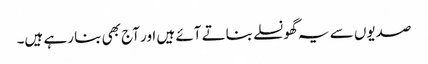
صدیوں سے یہ گھونسلے بناتے آئے ہیں اور آج بھی بنا رہے ہیں۔